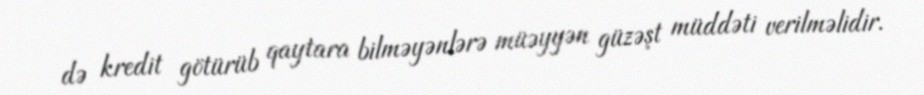
də kredit götürüb qaytara bilməyənlərə müəyyən güzəşt müddəti verilməlidir.